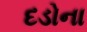
દડોના